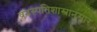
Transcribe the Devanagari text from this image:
वनस्पतिशास्त्रानुसार